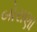
બોરાણા